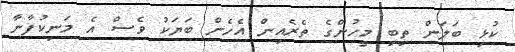
ކުޅި ބަލަން ތިބި މީހުންގެ ތެރެއިން އެހެން ބަޔަކު ވެސް އެ މަނިކުފާނާ